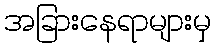
အခြားနေရာများမှ